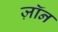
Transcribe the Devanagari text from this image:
ज़ॉन